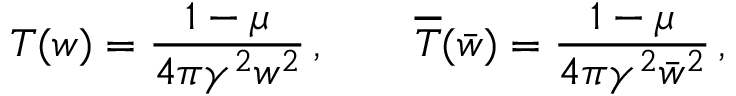
T ( w ) = \frac { 1 - \mu } { 4 \pi \gamma ^ { 2 } w ^ { 2 } } \, , \qquad \overline { { { T } } } ( \bar { w } ) = \frac { 1 - \mu } { 4 \pi \gamma ^ { 2 } \bar { w } ^ { 2 } } \, ,